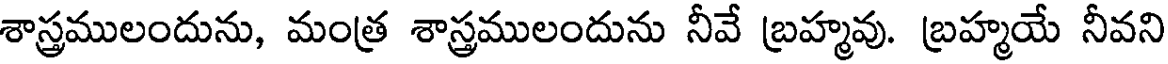
శాస్త్రములందును, మంత్ర శాస్త్రములందును నీవే బ్రహ్మవు. బ్రహ్మయే నీవని